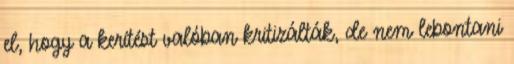
el, hogy a kerítést valóban kritizálták, de nem lebontani